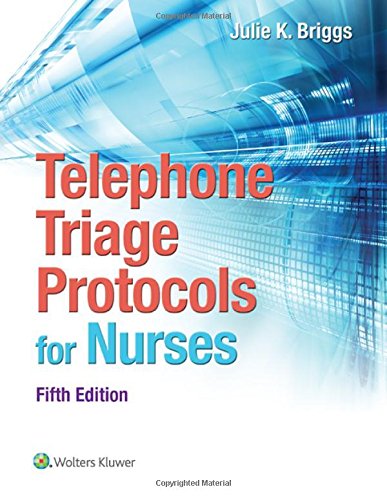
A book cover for Telephone Triage Protocols for Nurses (Briggs, Telephone Triage Protocols for Nurses098227); Julie Briggs RN  BSN  MHA; Medical Books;